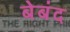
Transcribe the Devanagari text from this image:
बेबंद